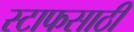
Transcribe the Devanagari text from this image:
स्टाफसाठी